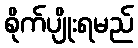
စိုက်ပျိုးရမည်